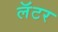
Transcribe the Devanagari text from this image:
लॅटर